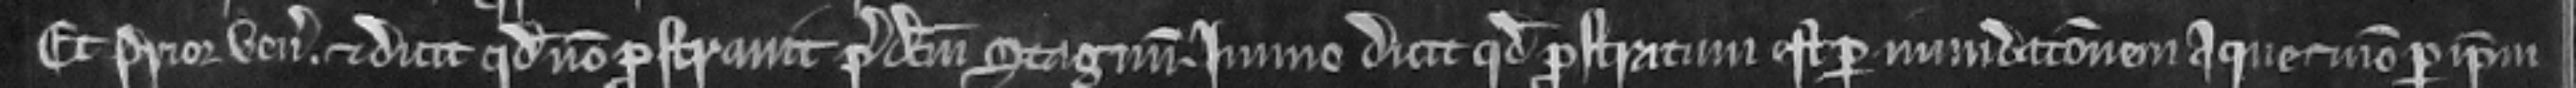
Et Prior venit et dicit quod non prostravit predictum stagnum. Immo dicit quod prostratum est per inundacionem aque et non per ipsum